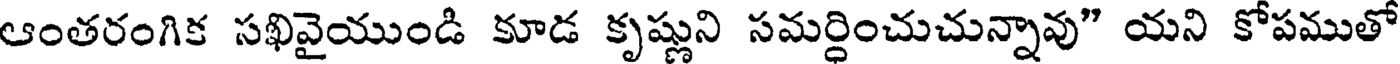
ఆంతరంగిక సఖివైయుండి కూడ కృష్ణుని సమర్దించుచున్నావు" యని కోపముతో